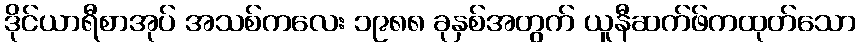
ဒိုင်ယာရီစာအုပ် အသစ်ကလေး ၁၉၈၈ ခုနှစ်အတွက် ယူနီဆက်ဖ်ကထုတ်သော